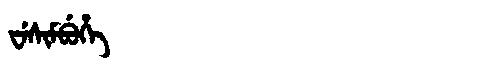
Manchu: ᠸᡝᠰᡳᠮᠪᡠᡥᡝ
Romanization: WESIMBUHE